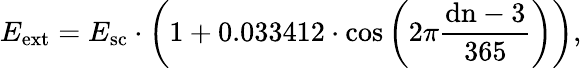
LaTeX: E_{\mathrm{{ext}}}=E_{\mathrm{{sc}}}\cdot\left(1+0.033412\cdot\cos\left(2\pi{\frac{\mathrm{{dn}}-3}{365}}\right)\right),